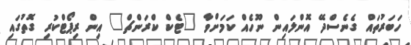
ހަބަރުތައް ގެނެސްދޭ އޮންލައިން ނޫހެއް ކަމަށްވާ "ޓެކް ކްރަންޗް" އިން ރިޕޯޓްކުރި ގޮތުގައި